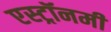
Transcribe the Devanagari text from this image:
एस्‍ट्रॉनमी